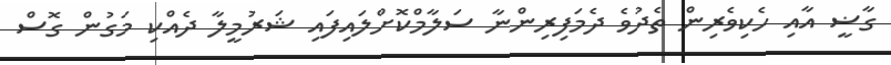
ގާޟީ އާއި ހެކިވެރިން ތެދުވެ ދެމަފިރިންނާ ސަލާމްކޮށްލައިފައި ޝަރުމީލާ ދެއްކި މަގުން ގޮސް